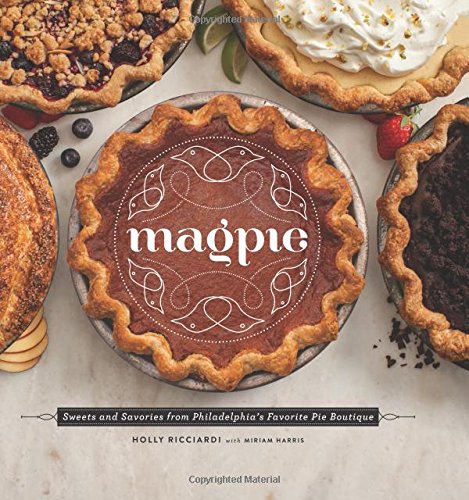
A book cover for Magpie: Sweets and Savories from Philadelphia's Favorite Pie Boutique; Holly Ricciardi; Cookbooks, Food & Wine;